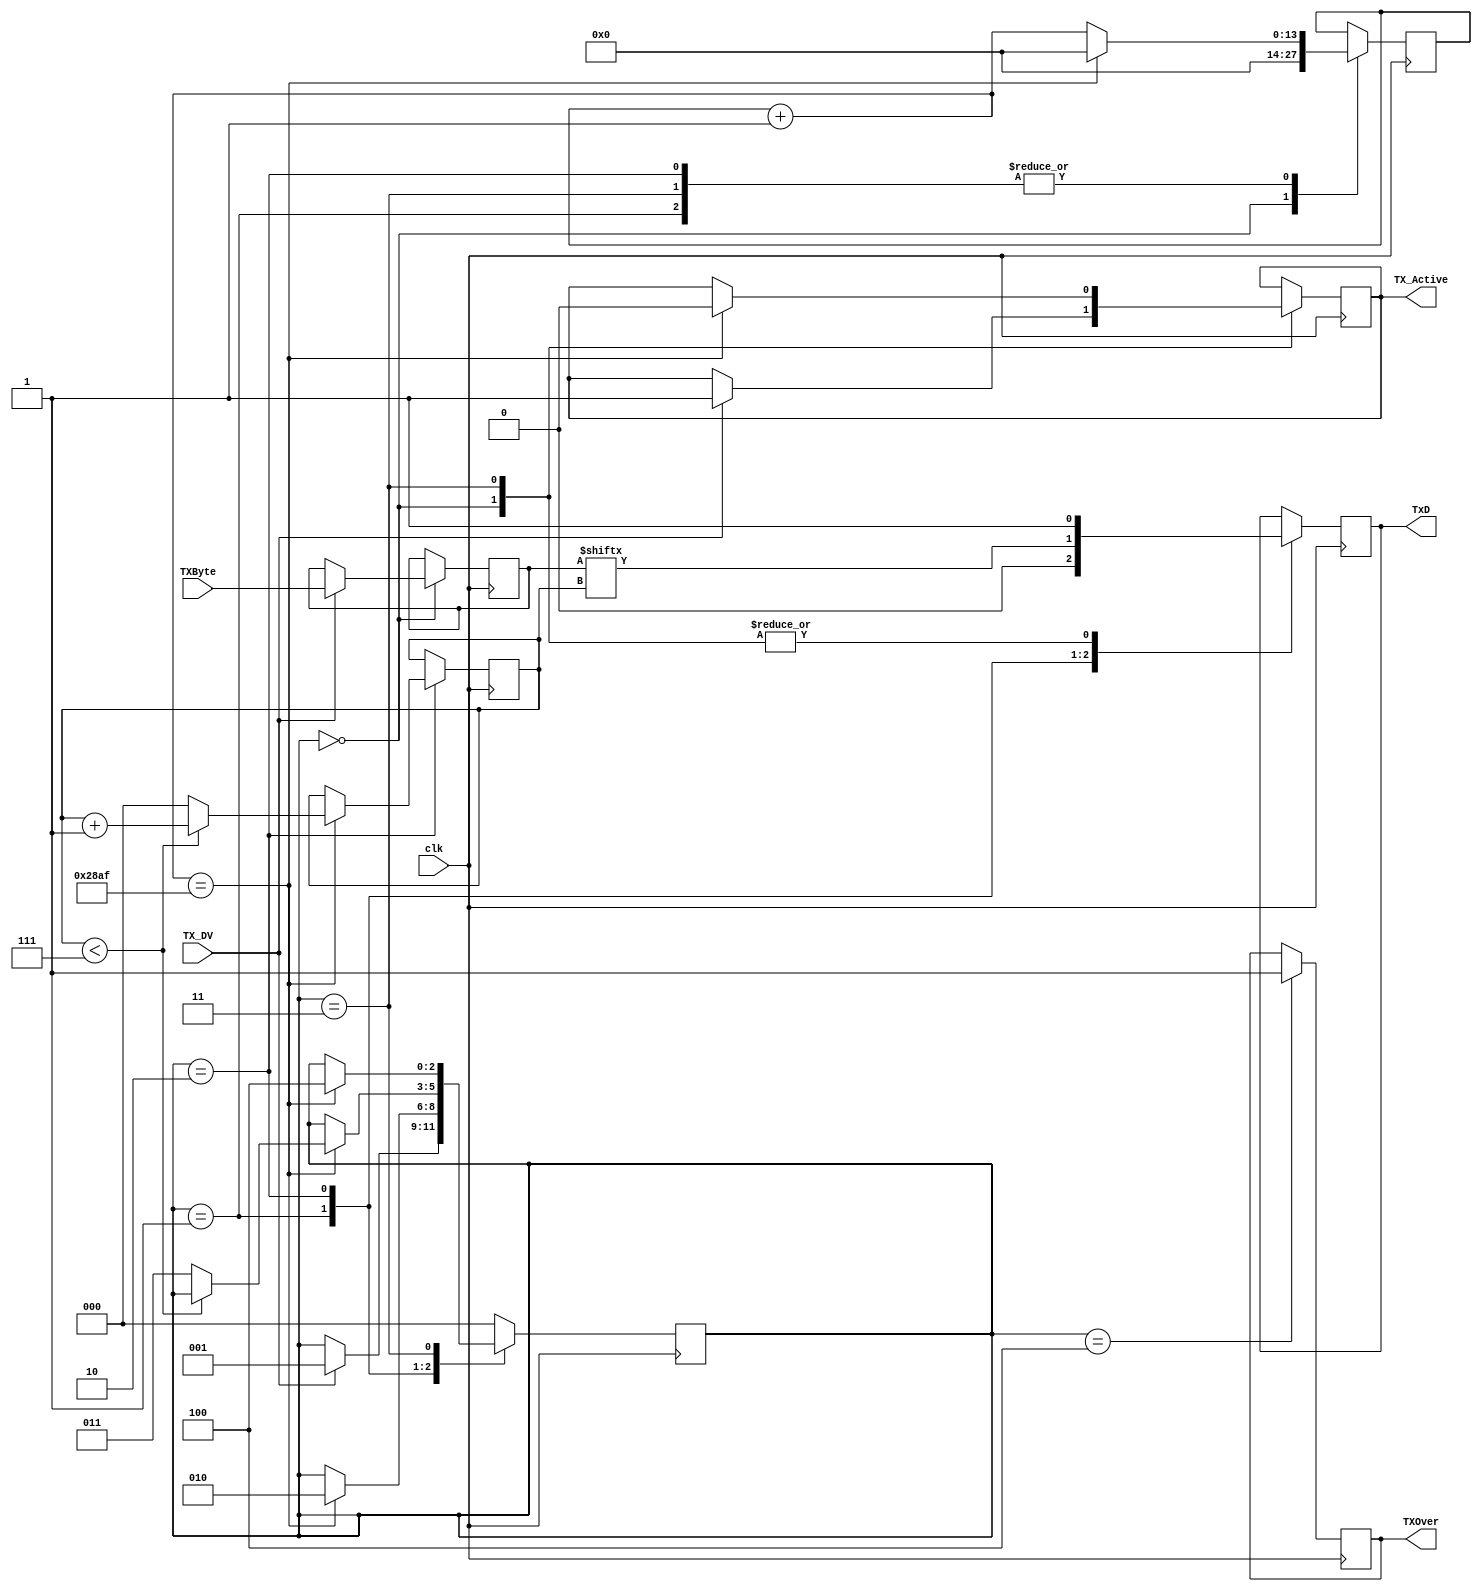
`timescale 1ns / 1ps
//////////////////////////////////////////////////////////////////////////////////
// Company: 
// Engineer: 
// 
// Design Name: 
// Module Name: uart_transmitter
// Project Name: 
// Target Devices: 
// Tool Versions: 
// Description: 
// 
// Dependencies: 
// 
// Revision:
// Revision 0.01 - File Created
// Additional Comments:
// 
//////////////////////////////////////////////////////////////////////////////////


module uart_transmitter
#(parameter CLKS_PER_BIT = 10416) //10416 clock cycles per bit of UART data stream
(
    input clk,
    input TX_DV,    //data valid to send
    input [7:0] TXByte,
    output TX_Active,
    output reg TxD,
    output TXOver
    
    );
    
    //state machine states
    parameter IDLE = 3'b000;
    parameter TX_START_BIT = 3'b001;
    parameter TX_DATA_BIT = 3'b010;
    parameter TX_STOP_BIT = 3'b011;
    parameter CLEANUP = 3'b100;
    
    //registers
      reg [13:0] rClkCount; //counts the ammount of clock cycles passed since last UART tick
    reg [2:0] rBitIndex;
    reg [7:0] rTXByte;
    reg rTXActive;
    reg rTXOver;
    reg [2:0] rState;   //current state of the state machine
    
    
    
    
    
     always @(posedge clk)
       begin
 
    case (rState)
        //the state machine has not detected a start bit yet
        IDLE:
        begin
        rClkCount <= 0;
        TxD <= 1'b1;    //the start bit has not been sent, keep TxD at 1
        
        if(TX_DV == 1'b1) //if data is ready to send
        begin
        rTXActive <= 1'b1;
        rTXByte <= TXByte;  //the input byte is updated in the register, so that data is not overlapped durring transmission
        rState <= TX_START_BIT; //move to start bit state
        end
        end
        
        //send start bit (0)
       TX_START_BIT:
       begin
       TxD <= 0;
       rClkCount = rClkCount + 1;
       //wait
       if(rClkCount == (CLKS_PER_BIT - 1))
       begin
       rClkCount <= 0;  //resetting clk counter
       rState <= TX_DATA_BIT;
       end
       end
       
       TX_DATA_BIT:
       begin
       TxD <= rTXByte[rBitIndex];   //drive the output to the current bit of data
       rClkCount = rClkCount + 1;
        
        //check if time for next bit
        if(rClkCount == (CLKS_PER_BIT - 1))
       begin
       rClkCount = 0;
       
       if(rBitIndex < 7)
       begin
       rBitIndex <= rBitIndex + 1;  //increasing the index
       end
       //all the data has been sent
       else
       begin
       rBitIndex = 0;
       rState <= TX_STOP_BIT;
       end
       end
       end
       
       
   TX_STOP_BIT:
   begin
   rClkCount = rClkCount + 1;
   TxD <= 1'b1;
   if(rClkCount == (CLKS_PER_BIT - 1))
   begin
   rClkCount <= 0;
   rState <= CLEANUP;
   rTXActive <= 1'b0;
   end
   end    
   
   //wait, set rTXOver to true
   CLEANUP:
   begin
   rTXOver <= 1'b1;
   rState <= IDLE;
   end    
       
   default: 
   rState <= IDLE;    

       endcase
        end
    
    assign TX_Active = rTXActive;
    assign TXOver = rTXOver;
    
    
    
    
    
    
    
    
    
    
endmodule